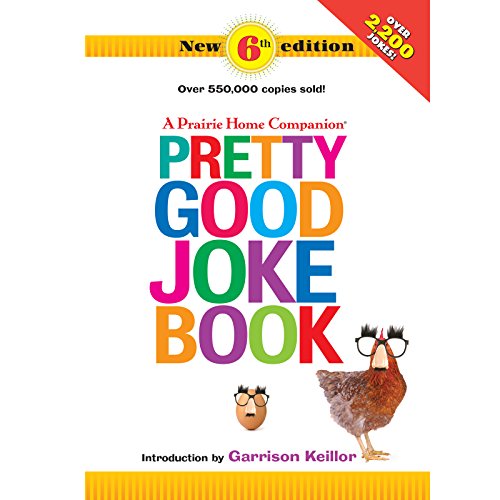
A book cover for A Prairie Home Companion Pretty Good Joke Book 6th Edition; Garrison Keillor; Humor & Entertainment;